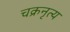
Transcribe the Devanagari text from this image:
चक्रनृत्य